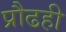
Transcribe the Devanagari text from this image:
प्रौढही